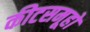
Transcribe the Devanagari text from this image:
कीटसमूहों